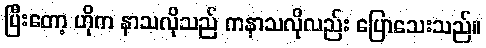
ပြီးတော့ ဟိုက နာသလိုသည် ကနာသလိုလည်း ပြောသေးသည်။